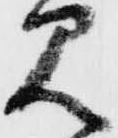
見